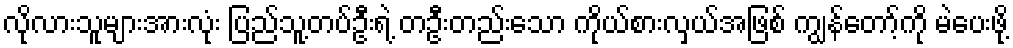
လိုလားသူများအားလုံး ပြည်သူ့တပ်ဦးရဲ့ တဦးတည်းသော ကိုယ်စားလှယ်အဖြစ် ကျွန်တော့်ကို မဲပေးဖို့